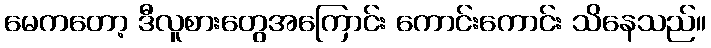
မေကတော့ ဒီလူစားတွေအကြောင်း ကောင်းကောင်း သိနေသည်။